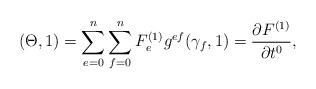
LaTeX: \begin{align*}(\Theta,1)=\sum_{e=0}^{n}\sum_{f=0}^{n}F_{e}^{(1)}g^{ef}(\gamma_{f},1)=\frac{\partial F^{(1)}}{\partial t^0},\end{align*}